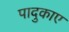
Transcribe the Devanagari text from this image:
पादुकाए